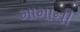
મામાની